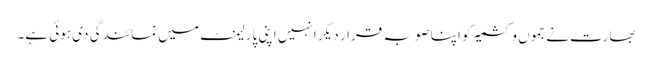
بھارت نے جموں و کشمیر کو اپنا صوبہ قرار دیکر انہیں اپنی پارلیمنٹ میں نمائندگی دی ہوئی ہے۔